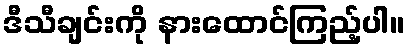
ဒီသီချင်းကို နားထောင်ကြည့်ပါ။